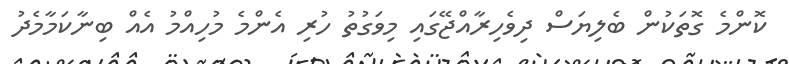
ކޮންމެ ގޮތަކުން ބެލިޔަސް ދިވެހިރާއްޖޭގައި މިވަގުތު ހުރި އެންމެ މުހިއްމު އެއް ބިނާކަމާމެދު